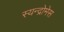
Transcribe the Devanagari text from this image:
स्यन्द्रोमेस